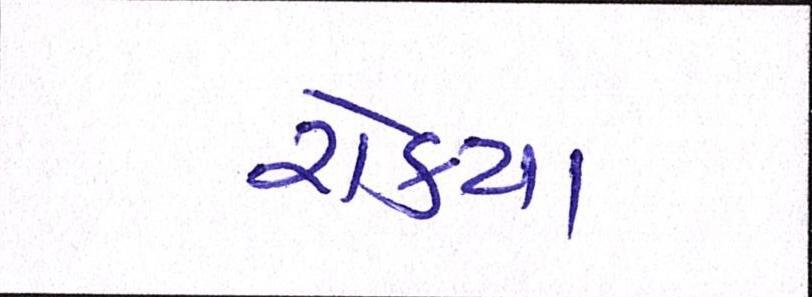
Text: રોક્યા